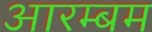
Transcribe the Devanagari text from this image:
आरम्बम